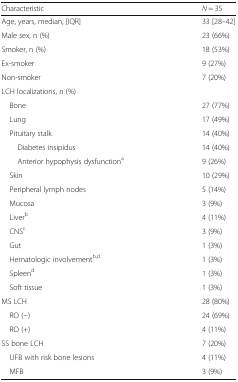
<table><thead><tr><td><b>Characteristic</b></td><td><b><i>N</i> = 35</b></td></tr></thead><tbody><tr><td>Age, years, median, [IQR]</td><td>33 [28–42]</td></tr><tr><td>Male sex, n (%)</td><td>23 (66%)</td></tr><tr><td>Smoker, n (%)</td><td>18 (53%)</td></tr><tr><td>Ex-smoker</td><td>9 (27%)</td></tr><tr><td>Non-smoker</td><td>7 (20%)</td></tr><tr><td colspan="2">LCH localizations, n (%)</td></tr><tr><td> Bone</td><td>27 (77%)</td></tr><tr><td> Lung</td><td>17 (49%)</td></tr><tr><td> Pituitary stalk</td><td>14 (40%)</td></tr><tr><td>Diabetes insipidus</td><td>14 (40%)</td></tr><tr><td>Anterior hypophysis dysfunction<sup>a</sup></td><td>9 (26%)</td></tr><tr><td> Skin</td><td>10 (29%)</td></tr><tr><td> Peripheral lymph nodes</td><td>5 (14%)</td></tr><tr><td> Mucosa</td><td>3 (9%)</td></tr><tr><td> Liver<sup>b</sup></td><td>4 (11%)</td></tr><tr><td> CNS<sup>c</sup></td><td>3 (9%)</td></tr><tr><td> Gut</td><td>1 (3%)</td></tr><tr><td> Hematologic involvement<sup>b,d</sup></td><td>1 (3%)</td></tr><tr><td> Spleen<sup>d</sup></td><td>1 (3%)</td></tr><tr><td> Soft tissue</td><td>1 (3%)</td></tr><tr><td>MS LCH</td><td>28 (80%)</td></tr><tr><td> RO (−)</td><td>24 (69%)</td></tr><tr><td> RO (+)</td><td>4 (11%)</td></tr><tr><td>SS bone LCH</td><td>7 (20%)</td></tr><tr><td> UFB with risk bone lesions</td><td>4 (11%)</td></tr><tr><td> MFB</td><td>3 (9%)</td></tr></tbody></table>